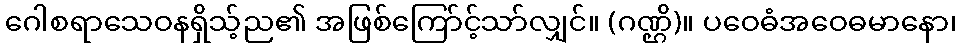
ဂေါစရာသေဝနရှိသ့်ည၏ အဖြစ်ကြော်င့်သာ်လျှင်။ (ဂဏ္ဌိ)။ ပဝေဓံအဝေဓမာနော၊